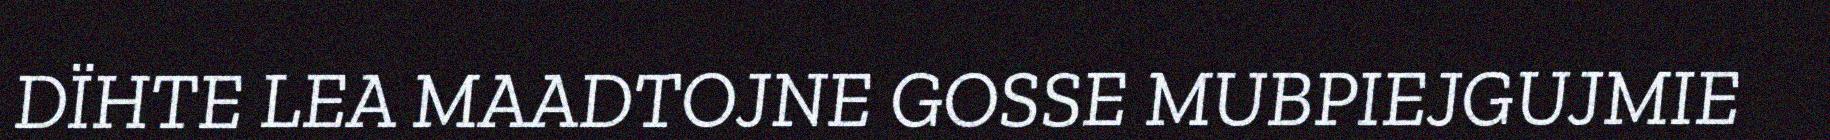
DÏHTE LEA MAADTOJNE GOSSE MUBPIEJGUJMIE